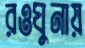
রওঘুনায়